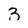
Character: 3